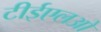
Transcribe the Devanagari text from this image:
टीईएलओ